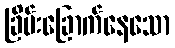
ခြိမ်းခြောက်နေသော